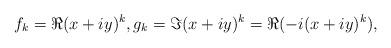
LaTeX: \begin{align*} f_k = \Re (x + iy)^k, g_k = \Im (x + iy)^k = \Re (-i(x+iy)^k),\end{align*}